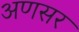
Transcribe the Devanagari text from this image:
अणसर